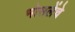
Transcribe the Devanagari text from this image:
भोसलेंचे